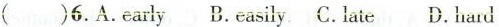
( )6.A.early B.easilyC.lateD.hard